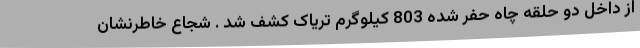
از داخل دو حلقه چاه حفر شده 803 کیلوگرم تریاک کشف شد . شجاع خاطرنشان